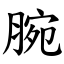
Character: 腕